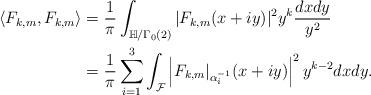
LaTeX: \begin{align*}\langle F_{k,m}, F_{k,m} \rangle &= \frac{1}{\pi} \int_{\mathbb{H}/\Gamma_0(2)} |F_{k,m}(x+iy)|^2 y^k \frac{dx dy}{y^2} \\&= \frac{1}{\pi} \sum_{i=1}^3 \int_{\mathcal{F}} \left|F_{k,m}|_{\alpha_i^{-1}}(x+iy) \right|^2 y^{k-2} dx dy. \end{align*}